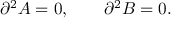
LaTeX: \partial ^ { 2 } A = 0 , \qquad \partial ^ { 2 } B = 0 .